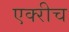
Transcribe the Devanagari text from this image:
एक्‍रीच